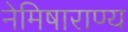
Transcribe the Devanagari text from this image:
नेमिषाराण्य